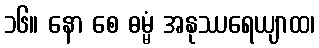
၁၆။ နော စေ ဓမ္မံ အနုဿရေယျာထ၊